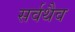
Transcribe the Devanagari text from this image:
सर्वथैव